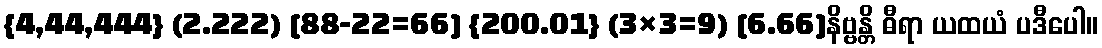
{4,44,444} (2.222) [88-22=66] {200.01} (3×3=9) [6.66]နိဗ္ဗန္တိ ဓီရာ ယထယံ ပဒီပေါ။